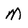
Character: M